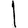
Digit: 1